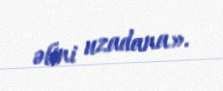
əlini uzadana».